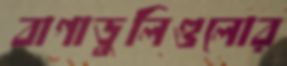
বাগাডুলিগুলোর